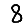
Digit: 8